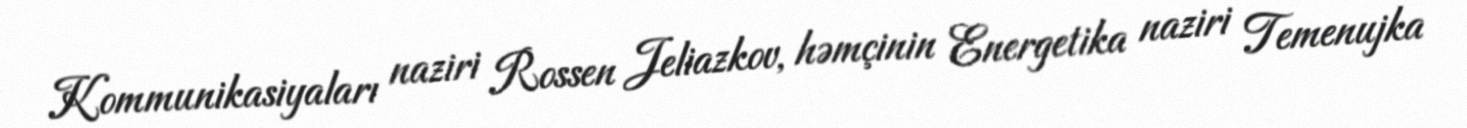
Kommunikasiyaları naziri Rossen Jeliazkov, həmçinin Energetika naziri Temenujka